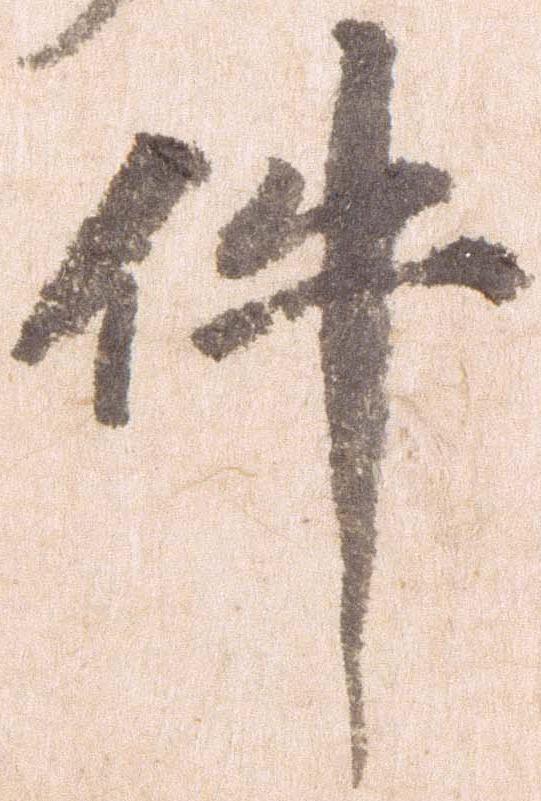
件